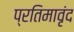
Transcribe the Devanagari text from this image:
प्रतिमावृंद